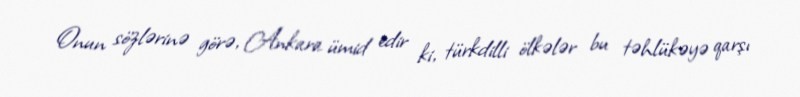
Onun sözlərinə görə, Ankara ümid edir ki, türkdilli ölkələr bu təhlükəyə qarşı